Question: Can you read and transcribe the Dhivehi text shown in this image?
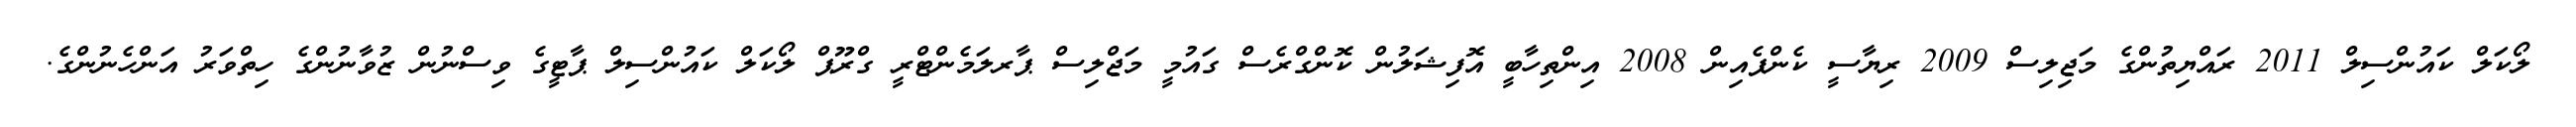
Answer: ލޯކަލް ކައުންސިލް 2011 ރައްޔިތުންގެ މަޖިލިސް 2009 ރިޔާސީ ކެންޕެއިން 2008 އިންތިހާބީ އޮފިޝަލުން ކޮންގްރެސް ގައުމީ މަޖްލިސް ޕާރލަމެންޓްރީ ގްރޫޕް ލޯކަލް ކައުންސިލް ޕާޓީގެ ވިސްނުން ޒުވާނުންގެ ހިތްވަރު އަންހެނުންގެ.